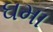
ઘમા